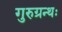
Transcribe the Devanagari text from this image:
गुरुग्रन्थः